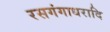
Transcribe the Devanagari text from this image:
रसगंगाधरादि